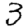
Digit: 3